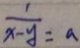
\frac { 1 } { x - y } = a